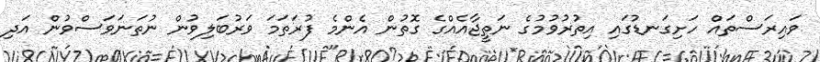
ވައިރަސްތައް ހަށިގަނޑުގައި އިތުރުވުމުގެ ނަތީޖާއެއްގެ ގޮތުން އެންމެ ފުރަތަމަ ވަރުބަލިވުން ނުތަނަވަސްވުން އަދި